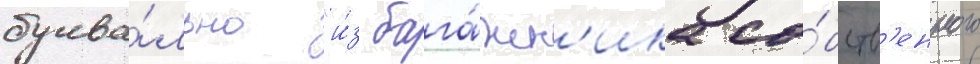
буква́льно "и́з бага́жн'ика со́бств'енного